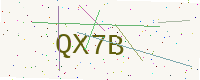
Text: QX7B